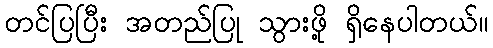
တင်ပြပြီး အတည်ပြု သွားဖို့ ရှိနေပါတယ်။